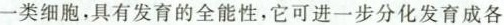
一类细胞，具有发育的全能性，它可进一步分化发育成各